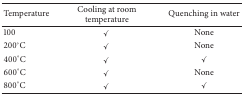
| Temperature | Cooling at room temperature | Quenching in water |
 | --- | --- | --- |
 | 100 | ✓ | None |
 | 200°C | ✓ | None |
 | 400°C | ✓ | ✓ |
 | 600°C | ✓ | None |
 | 800°C | ✓ | ✓ |